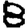
Digit: 8